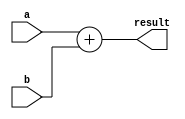
module Adder(input[31:0] a,
            input[31:0] b,
            output reg[31:0] result);
    always@(a , b) 
        result = a + b;  
endmodule